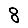
Digit: 8